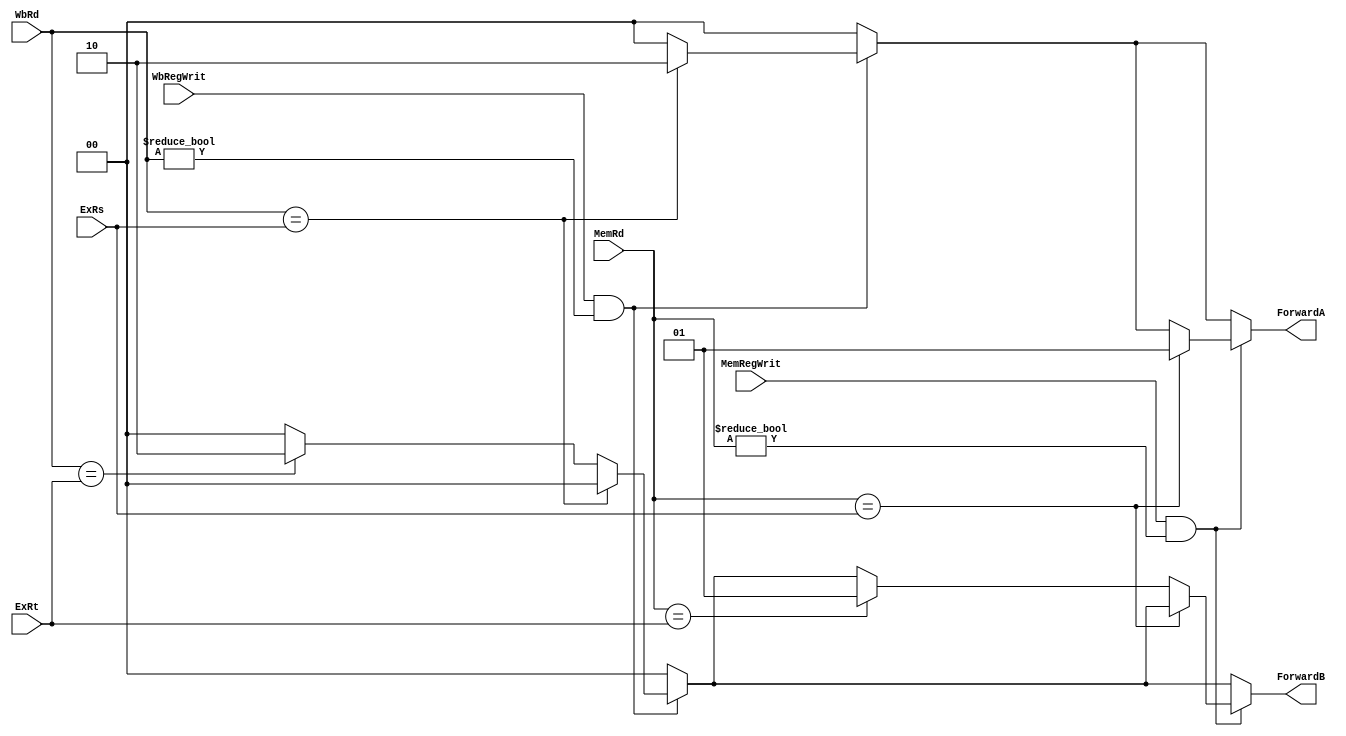
`timescale 1ns / 1ps
//////////////////////////////////////////////////////////////////////////////////
// Company: 
// Engineer: 
// 
// Design Name: 
// Module Name: ForwardUnit
// Project Name: 
// Target Devices: 
// Tool Versions: 
// Description: 
// 
// Dependencies: 
// 
// Revision:
// Revision 0.01 - File Created
// Additional Comments:
// 
//////////////////////////////////////////////////////////////////////////////////


module ForwardUnit(
    input MemRegWrit,WbRegWrit,
    input [4:0] ExRs,ExRt,MemRd,WbRd,
    output reg [1:0] ForwardA,ForwardB
    );
    always @(*)
    begin
    ForwardA = 0;
    ForwardB = 0;
    
    if (WbRegWrit&(WbRd!=0))
    begin
    if (WbRd == ExRs)
    ForwardA = 2'b10;
    else if (WbRd == ExRt)
    ForwardB = 2'b10;
    end
    
    if (MemRegWrit&(MemRd!=0))
    begin
    if (MemRd == ExRs)
    ForwardA = 01;
    else if
    (MemRd == ExRt)
    ForwardB = 01;
    end
    
    end
endmodule